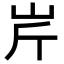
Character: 𡵱